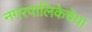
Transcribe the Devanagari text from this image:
नगरपालिकेचेया